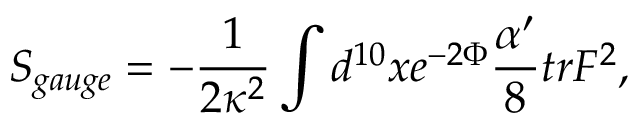
S _ { g a u g e } = - \frac { 1 } { 2 \kappa ^ { 2 } } \int d ^ { 1 0 } x e ^ { - 2 \Phi } \frac { \alpha ^ { \prime } } { 8 } t r F ^ { 2 } ,